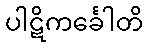
ပါဋိကင်္ခေါတိ